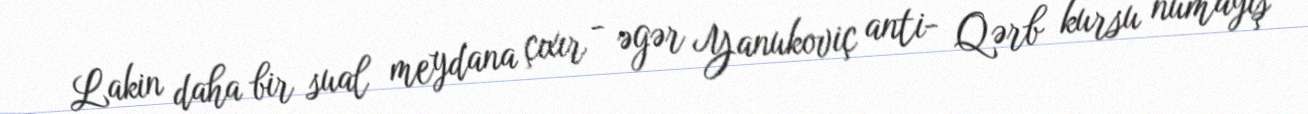
Lakin daha bir sual meydana çıxır - əgər Yanukoviç anti- Qərb kursu nümayiş